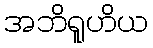
အဘိရူဟိယ